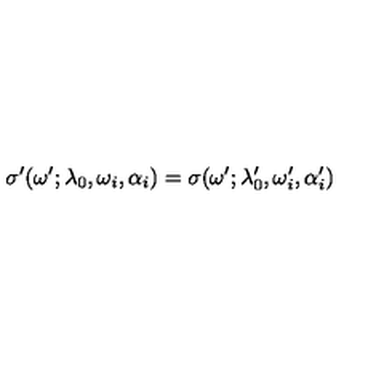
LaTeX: \sigma ^ { \prime } ( \omega ^ { \prime } ; \lambda _ { 0 } , \omega _ { i } , \alpha _ { i } ) = \sigma ( \omega ^ { \prime } ; \lambda _ { 0 } ^ { \prime } , \omega _ { i } ^ { \prime } , \alpha _ { i } ^ { \prime } )